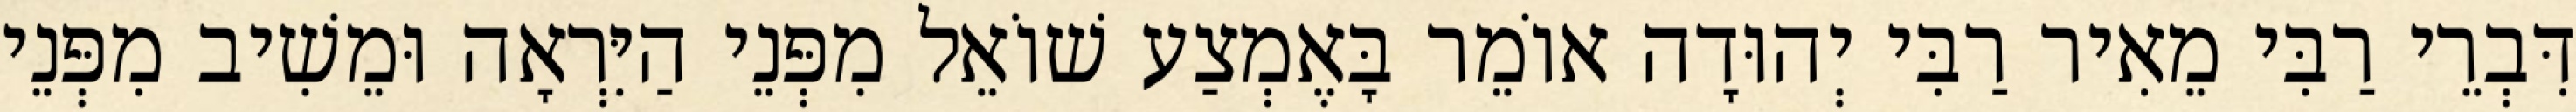
דִּבְרֵי רַבִּי מֵאִיר רַבִּי יְהוּדָה אוֹמֵר בָּאֶמְצַע שׁוֹאֵל מִפְּנֵי הַיִּרְאָה וּמֵשִׁיב מִפְּנֵי